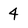
Character: 4